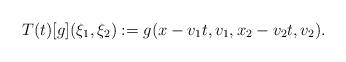
LaTeX: \begin{align*}T(t)[g](\xi_{1},\xi_{2}) := g(x-v_{1}t,v_{1},x_{2}-v_{2}t,v_{2}).\end{align*}